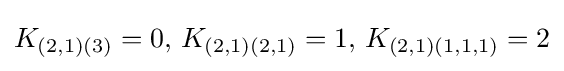
K_{(2,1)(3)}=0,\,K_{(2,1)(2,1)}=1,\,K_{(2,1)(1,1,1)}=2